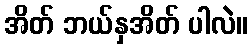
အိတ် ဘယ်နှအိတ် ပါလဲ။